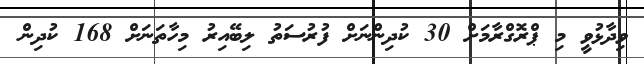
ވިދާޅުވީ މި ޕްރޮގްރާމަށް 30 ކުދިންނަށް ފުރުސަތު ލިބޭއިރު މިހާތަނަށް 168 ކުދިން